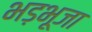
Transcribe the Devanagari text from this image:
भड़भूजा